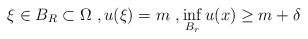
LaTeX: \begin{align*}\xi\in B_R\subset{\Omega}~,u(\xi)=m~,\inf_{B_{{r}}}u(x) \ge m+\delta\end{align*}